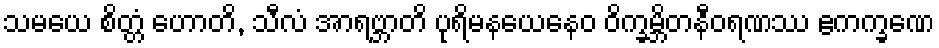
သမယေ စိတ္တံ ဟောတိ, သီလံ အာရဗ္ဘာတိ ပုရိမနယေနေဝ ဝိက္ခမ္ဘိတနီဝရဏဿ ဧကက္ခဏေ